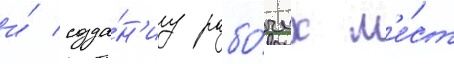
и́ созда́н'иу рабо́чих м'е́ст